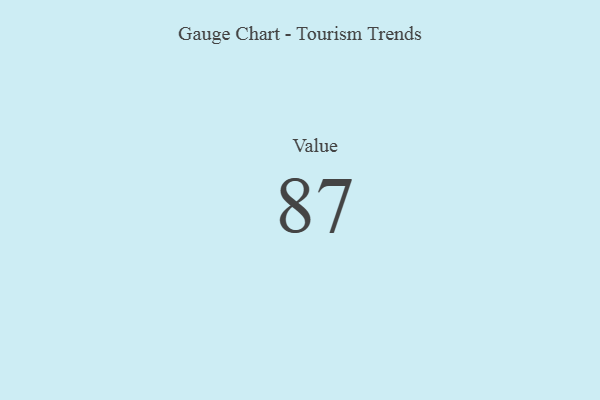
{"axis": {"x": "Metric", "y": "Value"}, "legend": [""], "data": [{"x": "Value", "y": 87, "type": ""}]}